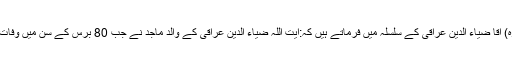
مرحوم آیت اللہ العظمیٰ محمد علی اراکی(قدس سرہ) آقا ضیاء الدین عراقی کے سلسلہ میں فرماتے ہیں کہ:آیت اللہ ضیاء الدین عراقی کے والد ماجد نے جب 80 برس کے سن میں وفات پائی تو اس وقت آپ کی عمر 12 برس کی تھی۔